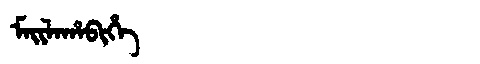
Manchu: ᠮᠠᡳᠯᠠᡥᠠᠪᡳᡥᡝ
Romanization: MAILAHABIHE